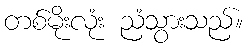
တစ်မိုးလုံး ညံသွားသည်။